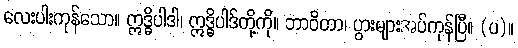
လေးပါးကုန်သော။ ဣဒ္ဓိပါဒါ၊ ဣဒ္ဓိပါဒ်တို့ကို။ ဘာဝိတာ၊ ပွားများအပ်ကုန်ပြီ။ (ပ)။